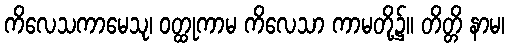
ကိလေသကာမေသု၊ ဝတ္ထုကာမ ကိလေသာ ကာမတို့၌။ တိတ္တိ နာမ၊